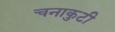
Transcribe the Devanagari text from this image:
चनाकुटी